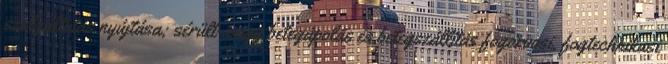
szolgáltatás nyújtása; sérült- vagy betegápolás és betegszállítás fogorvosi, fogtechnikusi